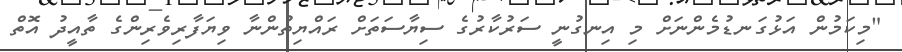
"މިކަމުން އަޅުގަނޑުމެންނަށް މި އިނގުނީ ސަރުކާރުގެ ސިޔާސަތަށް ރައްޔިތުންނާ ވިޔަފާރިވެރިންގެ ތާއީދު އޮތް